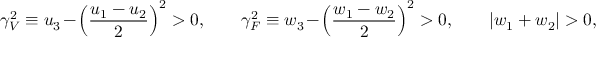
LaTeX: \gamma _ { V } ^ { 2 } \equiv u _ { 3 } - \left( \frac { u _ { 1 } - u _ { 2 } } { 2 } \right) ^ { 2 } > 0 , \qquad \gamma _ { F } ^ { 2 } \equiv w _ { 3 } - \left( \frac { w _ { 1 } - w _ { 2 } } { 2 } \right) ^ { 2 } > 0 , \qquad \left| w _ { 1 } + w _ { 2 } \right| > 0 ,